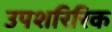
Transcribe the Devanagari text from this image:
उपशरिरिक